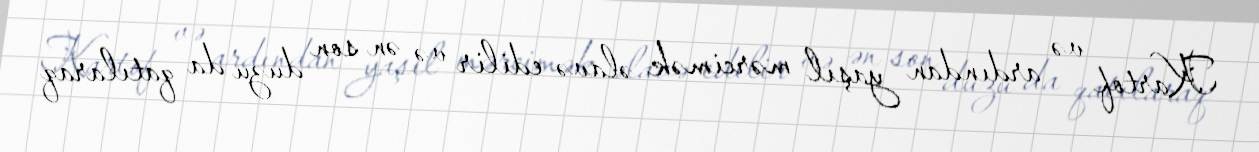
Kartof və ardından yaşıl mərcimək əlavə edilir və ən son duzu da qatılaraq